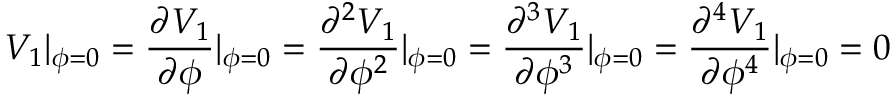
V _ { 1 } | _ { \phi = 0 } = \frac { \partial V _ { 1 } } { \partial \phi } | _ { \phi = 0 } = \frac { \partial ^ { 2 } V _ { 1 } } { \partial \phi ^ { 2 } } | _ { \phi = 0 } = \frac { \partial ^ { 3 } V _ { 1 } } { \partial \phi ^ { 3 } } | _ { \phi = 0 } = \frac { \partial ^ { 4 } V _ { 1 } } { \partial \phi ^ { 4 } } | _ { \phi = 0 } = 0